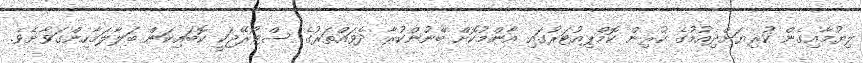
ލިޔުމާއިގެން ކުރިޔަށްދިއުމުގެ ކުރިން ކޮމްޕިއުޓަރުގައި އާންމުކޮށް ބޭނުންކުރާ ދެވައްތަރުގެ ސްޓޯރޭޖަކީ ކޮބައިކަން ބަލާލަމާހިންގަވާށެވެ.